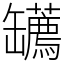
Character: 䍎